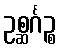
ဥစ္ဆင်္ဂဉ္စ